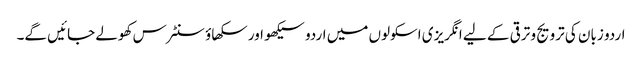
اردو زبان کی ترویج و ترقی کے لیے انگریزی اسکولوں میں اردو سیکھو اور سکھاؤ سنٹرس کھولے جائیں گے۔